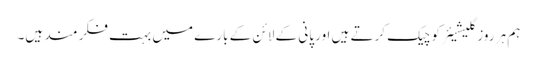
ہم ہر روز گلیشیئر کو چیک کرتے ہیں اور پانی کے لائن کے بارے میں بہت فکر مند ہیں۔